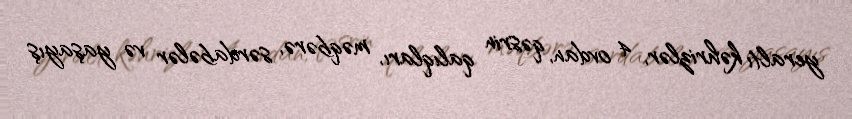
yeraltı kəhrizlər, 4 ovdan, qəsrin qalıqları, məqbərə, sərdabələr və yaşayış